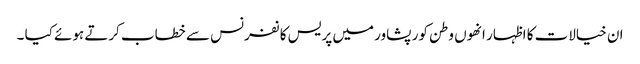
ان خیالات کا اظہار انھوں وطن کور پشاور میں پریس کا نفرنس سے خطاب کرتے ہوئے کیا ۔